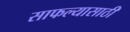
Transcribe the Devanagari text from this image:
साफल्यासाठी